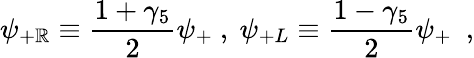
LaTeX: \psi_{+\mathbb{R}}\equiv{\frac{{1+\gamma_{5}}}{{2}}}\psi_{+}~,~\psi_{+L}\equiv{\frac{{1-\gamma_{5}}}{{2}}}\psi_{+}~~,